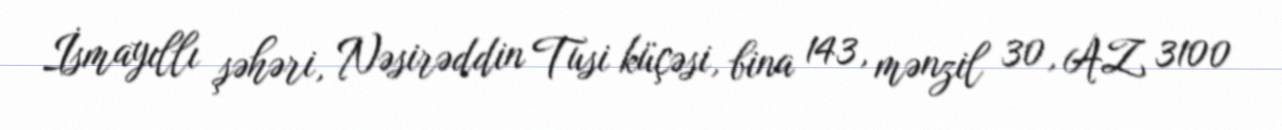
İsmayıllı şəhəri, Nəsirəddin Tusi küçəsi, bina 143, mənzil 30, AZ 3100